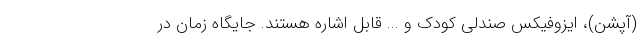
(آپشن)، ایزوفیکس صندلی کودک و ... قابل اشاره هستند. جایگاه زمان در